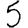
Digit: 5